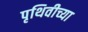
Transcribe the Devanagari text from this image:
पृथिवीच्या